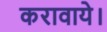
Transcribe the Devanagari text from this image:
करावाये।